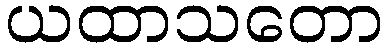
ယထာသတော